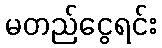
မတည်ငွေရင်း